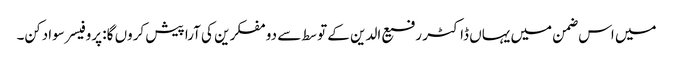
میں اس ضمن میں یہاں ڈاکٹر رفیع الدین کے توسط سے دو مفکرین کی آرا پیش کروں گا: پروفیسر سوادکن۔